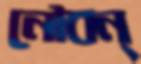
নৌবন্